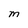
Character: M